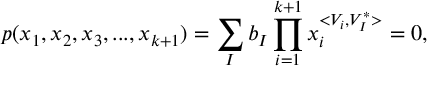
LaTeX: p ( x _ { 1 } , x _ { 2 } , x _ { 3 } , . . . , x _ { k + 1 } ) = \sum _ { I } b _ { I } \prod _ { i = 1 } ^ { k + 1 } x _ { i } ^ { < { V } _ { i } , { V } _ { I } ^ { \ast } > } = 0 ,